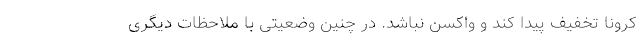
کرونا تخفیف پیدا کند و واکسن نباشد. در چنین وضعیتی با ملاحظات دیگری